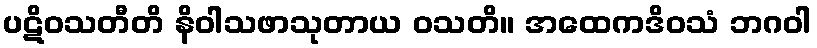
ပဋိဝသတီတိ နိဝါသဖာသုတာယ ဝသတိ။ အထေကဒိဝသံ ဘဂဝါ